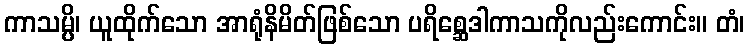
ကာသမ္ပိ၊ ယူထိုက်သော အာရုံနိမိတ်ဖြစ်သော ပရိစ္ဆေဒါကာသကိုလည်းကောင်း။ တံ၊